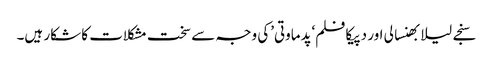
سنجے لیلا بھنسالی اور دپیکا فلم‘پدماوتی’کی وجہ سے سخت مشکلات کا شکار ہیں۔